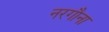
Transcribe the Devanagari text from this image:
नरगौना